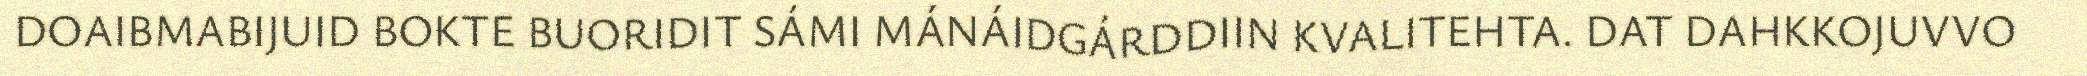
DOAIBMABIJUID BOKTE BUORIDIT SÁMI MÁNÁIDGÁRDDIIN KVALITEHTA. DAT DAHKKOJUVVO